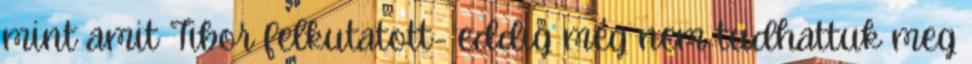
mint amit Tibor felkutatott- eddig még nem tudhattuk meg